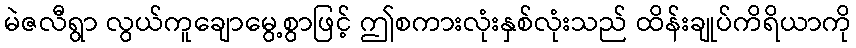
မဲဇလီရွာ လွယ်ကူချောမွေ့စွာဖြင့် ဤစကားလုံးနှစ်လုံးသည် ထိန်းချုပ်ကိရိယာကို